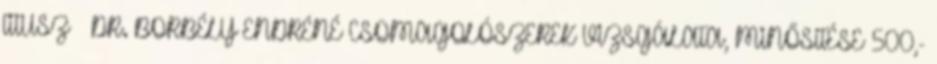
TITUSZ – DR. BORBÉLY ENDRÉNÉ CSOMAGOLÓSZEREK VIZSGÁLATA, MINŐSÍTÉSE 500,-